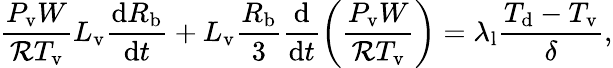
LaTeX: \frac{P_{\mathrm{v}}W}{\mathcal{R}T_{\mathrm{v}}}L_{\mathrm{v}}\frac{\mathrm{d}R_{\mathrm{b}}}{\mathrm{d}t}+L_{\mathrm{v}}\frac{R_{\mathrm{b}}}{3}\frac{\mathrm{d}}{\mathrm{d}t}\left(\frac{P_{\mathrm{v}}W}{\mathcal{R}T_{\mathrm{v}}}\right)=\lambda_{\mathrm{l}}\frac{T_{\mathrm{d}}-T_{\mathrm{v}}}{\delta},